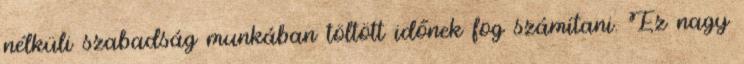
nélküli szabadság munkában töltött időnek fog számítani. Ez nagy